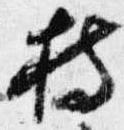
持